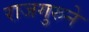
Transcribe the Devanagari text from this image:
राजगुरुने